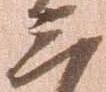
三